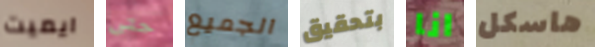
ايميت حتى الجميع بتحقيق انا هاسكل